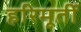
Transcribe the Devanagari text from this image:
हरिमूर्ती